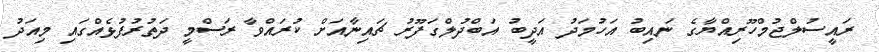
ރައީސުލްޖުމްހޫރިއްޔާގެ ނައިބު އަހުމަދު އަދީބު އަބްދުލްގަފޫރު ޗައިނާއަށް ކުރައްވާ ރަސްމީ ދަތުރުފުޅެއްގައި މިއަދު